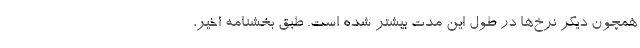
همچون دیگر نرخ‌ها در طول این مدت بیشتر شده است. طبق بخشنامه اخیر،